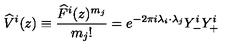
\widehat { V } ^ { i } ( z ) \equiv \frac { \widehat { F } ^ { i } ( z ) ^ { m _ { j } } } { m _ { j } ! } = e ^ { - 2 \pi i \lambda _ { i } \cdot \lambda _ { j } } Y _ { - } ^ { i } Y _ { + } ^ { i }